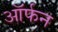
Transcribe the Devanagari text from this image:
ऑर्फन